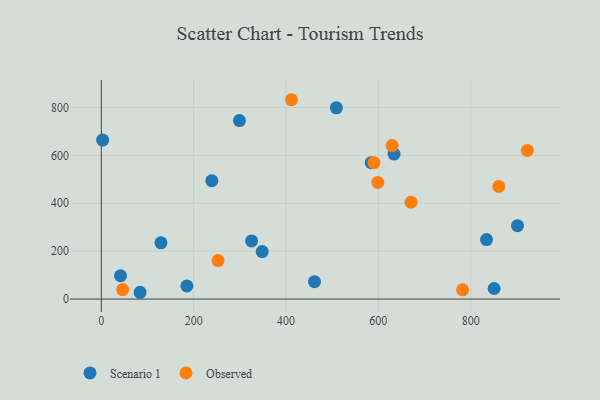
{"axis": {"x": "Investment", "y": "Yield"}, "legend": ["Observed", "Scenario 1"], "data": [{"x": "348.4", "y": 198.1, "type": "Scenario 1"}, {"x": "129.1", "y": 234.8, "type": "Scenario 1"}, {"x": "850.7", "y": 44.0, "type": "Scenario 1"}, {"x": "509.1", "y": 798.9, "type": "Scenario 1"}, {"x": "83.9", "y": 28.3, "type": "Scenario 1"}, {"x": "239.3", "y": 494.1, "type": "Scenario 1"}, {"x": "299.1", "y": 745.4, "type": "Scenario 1"}, {"x": "2.8", "y": 664.2, "type": "Scenario 1"}, {"x": "901.3", "y": 306.6, "type": "Scenario 1"}, {"x": "584.4", "y": 569.5, "type": "Scenario 1"}, {"x": "834.2", "y": 248.6, "type": "Scenario 1"}, {"x": "634.0", "y": 605.4, "type": "Scenario 1"}, {"x": "185.2", "y": 55.0, "type": "Scenario 1"}, {"x": "41.6", "y": 97.3, "type": "Scenario 1"}, {"x": "461.7", "y": 72.7, "type": "Scenario 1"}, {"x": "325.4", "y": 242.8, "type": "Scenario 1"}, {"x": "46.2", "y": 39.7, "type": "Observed"}, {"x": "598.8", "y": 487.0, "type": "Observed"}, {"x": "922.7", "y": 621.0, "type": "Observed"}, {"x": "590.5", "y": 569.8, "type": "Observed"}, {"x": "860.7", "y": 470.4, "type": "Observed"}, {"x": "411.7", "y": 832.6, "type": "Observed"}, {"x": "629.8", "y": 641.1, "type": "Observed"}, {"x": "670.8", "y": 404.6, "type": "Observed"}, {"x": "252.8", "y": 160.7, "type": "Observed"}, {"x": "782.4", "y": 38.5, "type": "Observed"}]}